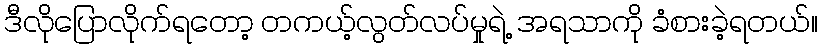
ဒီလိုပြောလိုက်ရတော့ တကယ့်လွတ်လပ်မှုရဲ့ အရသာကို ခံစားခဲ့ရတယ်။